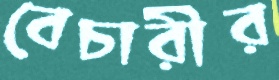
বেচারীর